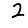
Digit: 2